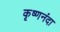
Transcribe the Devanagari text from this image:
कृष्णनंदा